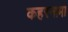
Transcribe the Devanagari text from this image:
कहरनामा